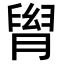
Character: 𦞩